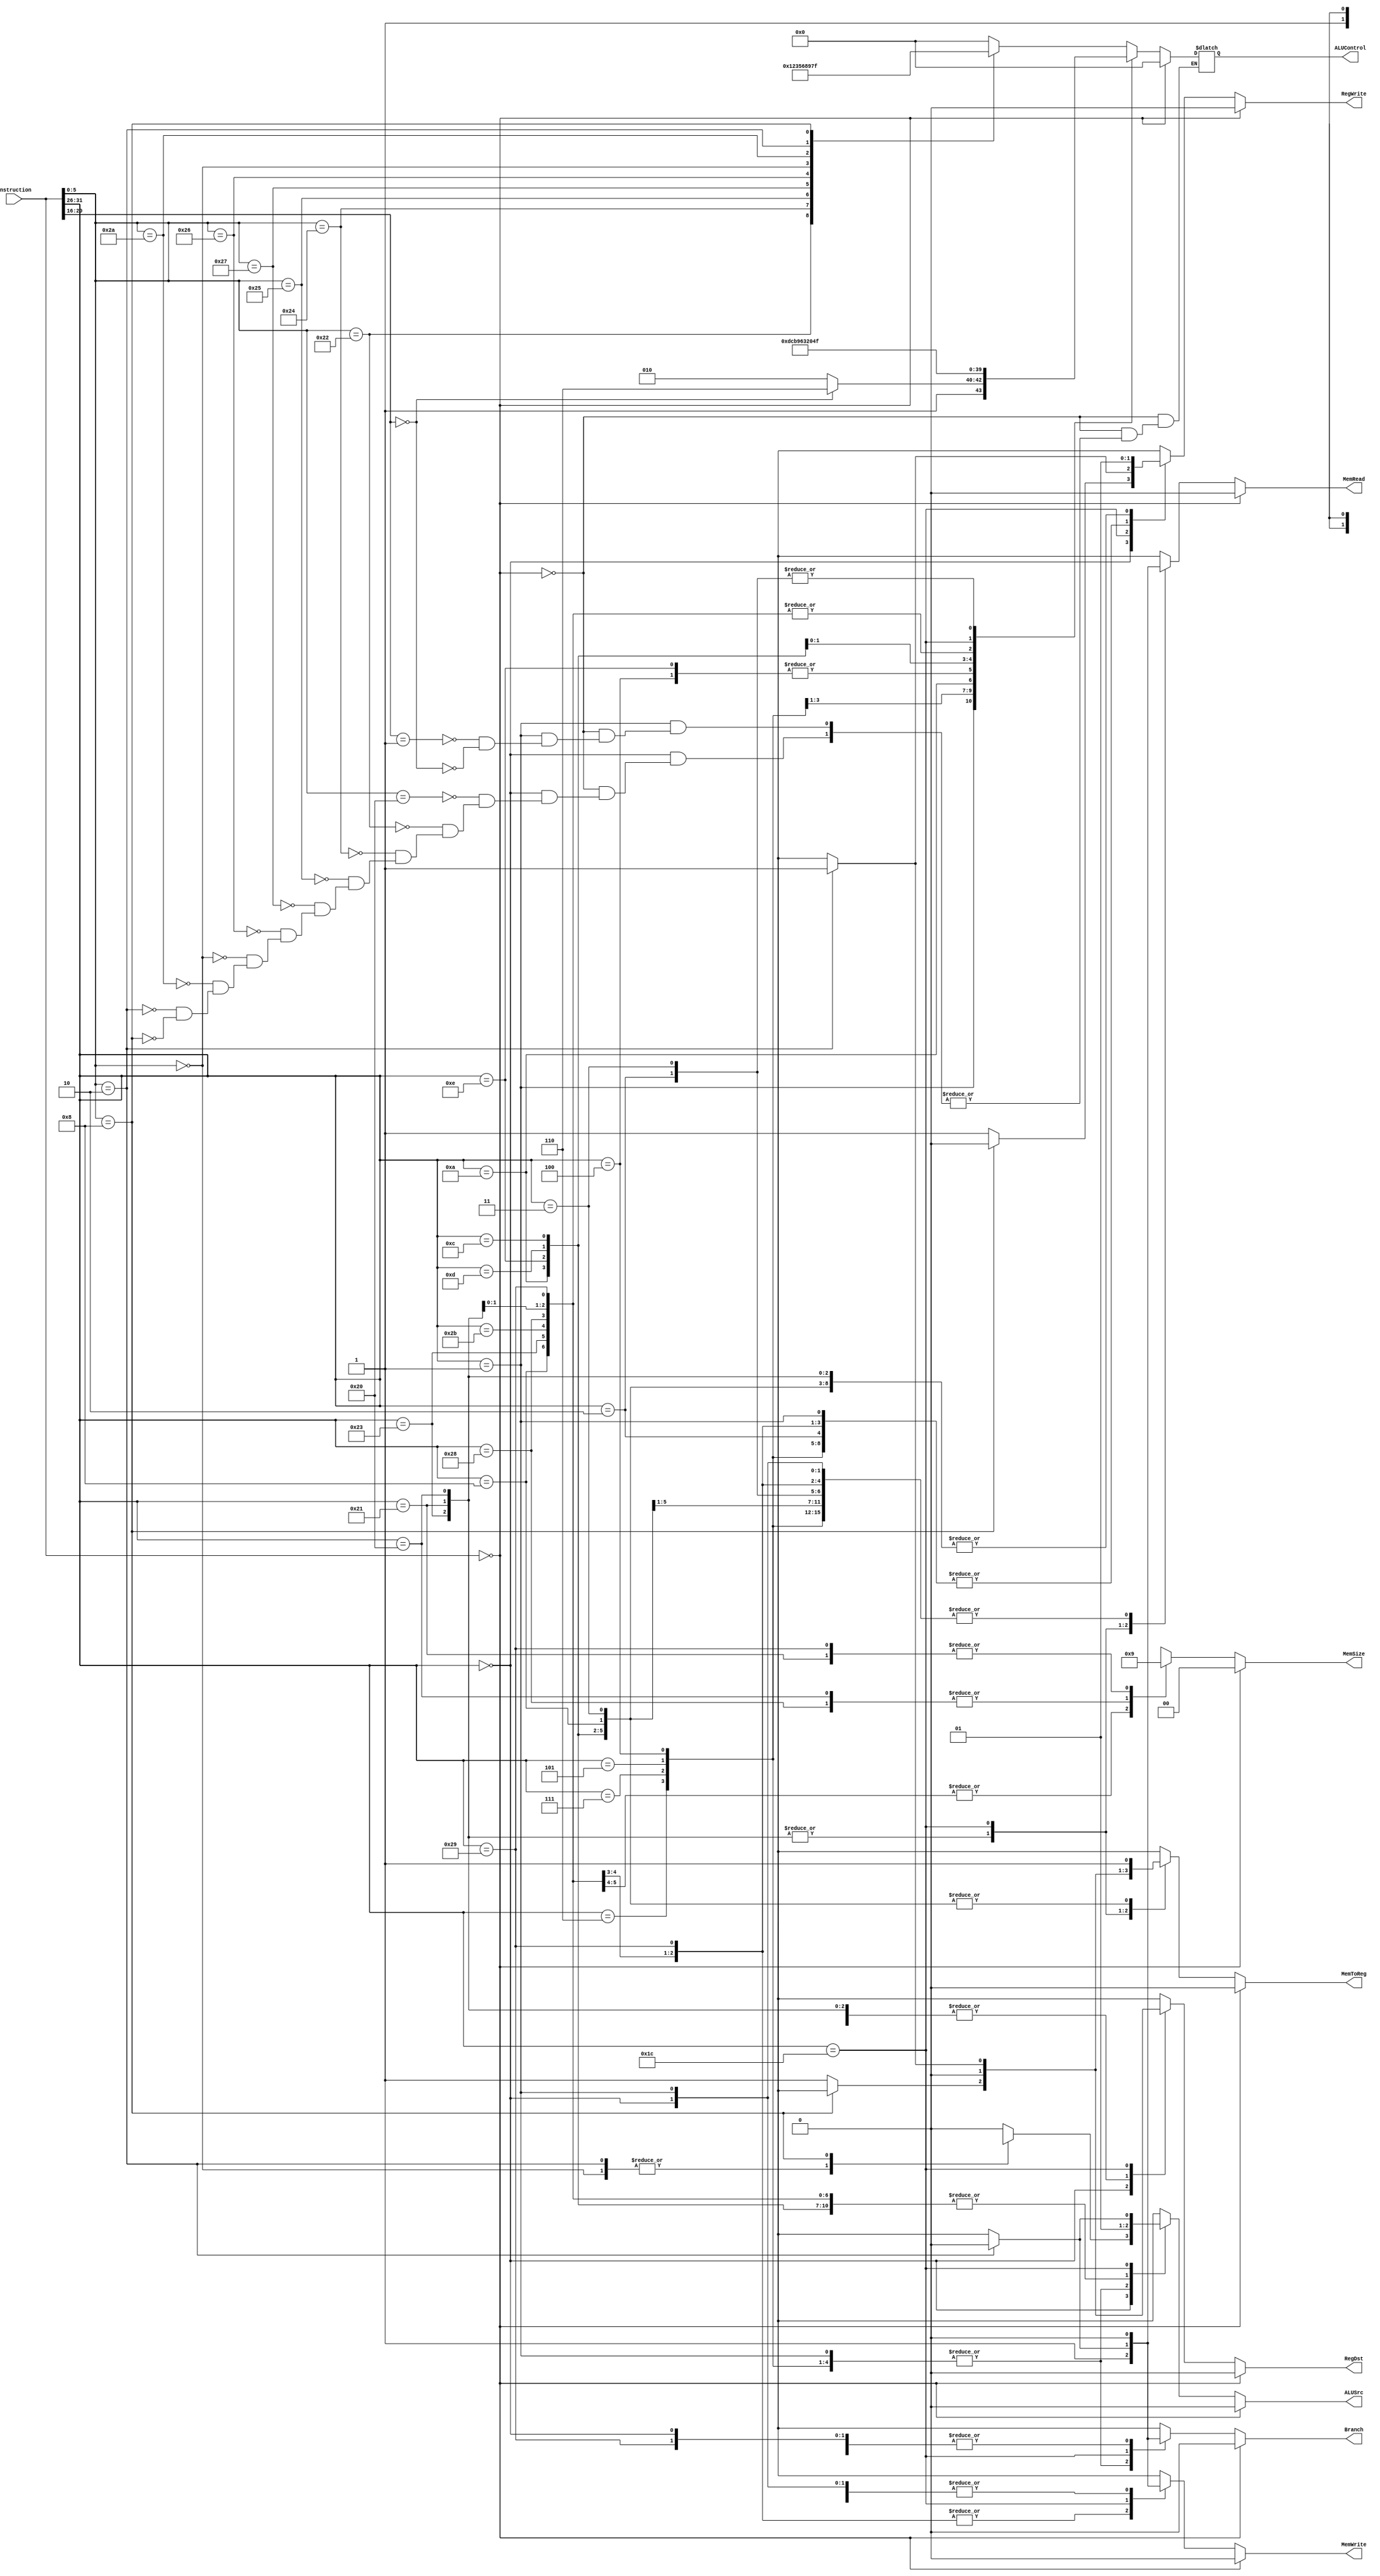
`timescale 1ns / 1ps

module Controller(Instruction, RegWrite, ALUSrc, ALUControl, RegDst, MemWrite, MemRead, Branch, MemToReg, MemSize);
    input [31:0] Instruction;
    output reg RegWrite, ALUSrc, RegDst, MemWrite, MemRead, Branch, MemToReg;
    output reg [3:0] ALUControl;
    output reg [1:0] MemSize;

    always @(Instruction) begin
        case (Instruction)
            32'b0: begin
                RegWrite = 0;
                ALUSrc = 0;
                RegDst = 0;
                MemWrite = 0;
                MemRead = 0;
                Branch = 0;
                MemToReg = 0;
                MemSize = 2'b00;
                ALUControl = 0;
            end
            default: begin
        case (Instruction[31:26]) // op field
            // R-type instructions
            6'b00_0000: begin

                // controls that are constant for R-type
                RegWrite = 1;
                ALUSrc = 0;
                RegDst = 1;
                MemWrite = 0;
                MemRead = 0;
                Branch = 0;
                MemToReg = 1;
                MemSize = 2'bxx;

                case (Instruction[5:0]) // ADD
                    6'b10_0000: begin
                        ALUControl = 0;
                    end
                    6'b10_0010: begin // SUB
                        ALUControl = 1;
                    end
                    6'b10_0100: begin // AND
                        ALUControl = 2;
                    end
                    6'b10_0101: begin // OR
                        ALUControl = 3;
                    end
                    6'b10_0111: begin // NOR
                        ALUControl = 5;
                    end
                    6'b10_0110: begin // XOR
                        ALUControl = 6;
                    end
                    6'b00_0000: begin // SLL
                        ALUControl = 8;
                        ALUSrc = 1;
                    end
                    6'b10_1010: begin // SLT
                        ALUControl = 9;
                    end
                    6'b00_0010: begin // SRL
                        ALUControl = 7;
                        ALUSrc = 1;
                    end
                    6'b00_1000: begin // JR
                        ALUSrc = 1'bx;
                        RegWrite = 0;
                        RegDst = 1'bx;
                        ALUControl = 15;
                        MemWrite = 0;
                        MemRead = 0;
                        Branch = 1'b0;
                        MemToReg = 1'bx;
                        MemSize = 2'bxx;
                    end
                endcase
            end
            // REGIMM instructions
            6'b00_0001: begin
                // controls that are constant
                ALUSrc = 0;
                RegWrite = 0;
                RegDst = 1'bx;
                MemWrite = 0;
                MemRead = 0;
                Branch = 1;
                MemToReg = 1'bx;
                MemSize = 2'bxx;
                case (Instruction[20:16])
                    5'b0_0001: begin // BGEZ
                        ALUControl = 10;
                    end
                    5'b0_0000: begin // BLTZ
                        ALUControl = 14;
                    end
                endcase
            end
            // I-type instructions

            // controls that are constant for I-type
            6'b00_0110: begin // BLEZ
                ALUSrc = 0;
                RegWrite = 0;
                RegDst = 1'bx;
                ALUControl = 13;
                MemWrite = 0;
                MemRead = 0;
                Branch = 1;
                MemToReg = 1'bx;
                MemSize = 2'bxx;
            end

            6'b00_0111: begin // BGTZ
                ALUSrc = 0;
                RegWrite = 0;
                RegDst = 1'bx;
                ALUControl = 12;
                MemWrite = 0;
                MemRead = 0;
                Branch = 1;
                MemToReg = 1'bx;
                MemSize = 2'bxx;
            end
            6'b00_0101: begin // BNE
                ALUSrc = 0;
                RegWrite = 0;
                RegDst = 1'bx;
                ALUControl = 11;
                MemWrite = 0;
                MemRead = 0;
                Branch = 1;
                MemToReg = 1'bx;
                MemSize = 2'bxx;
            end

            6'b00_0100: begin // BEQ
                ALUSrc = 0;
                RegWrite = 0;
                RegDst = 1'bx;
                ALUControl = 6;
                MemWrite = 0;
                MemRead = 0;
                Branch = 1;
                MemToReg = 1'bx;
                MemSize = 2'bxx;
            end

            6'b00_1010: begin // SLTI
                ALUSrc = 1;
                RegWrite = 1;
                RegDst = 0;
                ALUControl = 9;
                MemWrite = 0;
                MemRead = 0;
                Branch = 0;
                MemToReg = 1;
                MemSize = 2'bxx;
            end

            6'b00_1110: begin // XORI
                ALUSrc = 1;
                RegWrite = 1;
                RegDst = 0;
                ALUControl = 6;
                MemWrite = 0;
                MemRead = 0;
                Branch = 0;
                MemToReg = 1;
                MemSize = 2'bxx;
            end

            6'b00_1101: begin // ORI
                ALUSrc = 1;
                RegWrite = 1;
                RegDst = 0;
                ALUControl = 3;
                MemWrite = 0;
                MemRead = 0;
                Branch = 0;
                MemToReg = 1;
                MemSize = 2'bxx;
            end

            6'b00_1100: begin // ANDI
                ALUSrc = 1;
                RegWrite = 1;
                RegDst = 0;
                ALUControl = 2;
                MemWrite = 0;
                MemRead = 0;
                Branch = 0;
                MemToReg = 1;
                MemSize = 2'bxx;
            end
             

            6'b00_1000: begin // ADDI
                ALUSrc = 1;
                RegWrite = 1;
                RegDst = 0;
                ALUControl = 0;
                MemWrite = 0;
                MemRead = 0;
                Branch = 0;
                MemToReg = 1;
                MemSize = 2'bxx;
            end
            6'b10_0011: begin // LW
                ALUSrc = 1;
                RegWrite = 1;
                RegDst = 0;
                ALUControl = 0;
                MemWrite = 0;
                MemRead = 1;
                Branch = 0;
                MemToReg = 0;
                MemSize = 0; // load 4 bytes
            end
            6'b10_1011: begin // SW
                ALUSrc = 1;
                RegWrite = 0;
                RegDst = 1'bx;
                ALUControl = 0;
                MemWrite = 1;
                MemRead = 0;
                Branch = 0;
                MemToReg = 1'bx;
                MemSize = 0; // store 4 bytes
            end
            6'b10_1000: begin // SB
                ALUSrc = 1;
                RegWrite = 0;
                RegDst = 1'bx;
                ALUControl = 0;
                MemWrite = 1;
                MemRead = 0;
                Branch = 0;
                MemToReg = 1'bx;
                MemSize = 2; // store 1 byte
            end
            6'b10_0001: begin // LH
                ALUSrc = 1;
                RegWrite = 1;
                RegDst = 0;
                ALUControl = 0;
                MemWrite = 0;
                MemRead = 1;
                Branch = 0;
                MemToReg = 0;
                MemSize = 1; // load 2 bytes
            end
            6'b10_0000: begin // LB
                ALUSrc = 1;
                RegWrite = 1;
                RegDst = 0;
                ALUControl = 0;
                MemWrite = 0;
                MemRead = 1;
                Branch = 0;
                MemToReg = 0;
                MemSize = 2; // load 1 byte
            end
            6'b10_1001: begin // SH
                ALUSrc = 1;
                RegWrite = 0;
                RegDst = 1'bx;
                ALUControl = 0;
                MemWrite = 1;
                MemRead = 0;
                Branch = 0;
                MemToReg = 1'bx;
                MemSize = 1; // store 2 bytes
            end
            6'b011100: begin // MUL
                if (Instruction[5:0] == 2) begin
                    RegWrite = 1;
                    ALUSrc = 0;
                    RegDst = 1;
                    MemWrite = 0;
                    MemRead = 0;
                    Branch = 0;
                    MemToReg = 1;
                    ALUControl = 4;
                    MemSize = 2'bxx;
                end else begin
                    // Unsupported or invalid instruction.
                    RegWrite = 1'bx;
                    ALUSrc = 1'bx;
                    RegDst = 1'bx;
                    MemWrite = 1'bx;
                    MemRead = 1'bx;
                    Branch = 1'bx;
                    MemToReg = 1'bx;
                    ALUControl = 4'bxxxx;
                    MemSize = 2'bxx;
                end
            end

            // J-type instructions

            6'b00_0010: begin // J
                ALUSrc = 1'bx;
                RegWrite = 0;
                RegDst = 1'bx;
                ALUControl = 15;
                MemWrite = 0;
                MemRead = 0;
                Branch = 0;
                MemToReg = 1'bx;
                MemSize = 2'bxx;
            end
            6'b00_0011: begin // JAL
                ALUSrc = 1'bx;
                RegWrite = 1;
                RegDst = 1'bx;
                ALUControl = 15;
                MemWrite = 0;
                MemRead = 0;
                Branch = 1'b0;
                MemToReg = 1;
                MemSize = 2'bxx;
            end
            

            // TODO: branch and logical instructions (arithmetic and data instructions done)

            // // J-type instruction.
            // 6'b000010, 6'b000011: begin
            //     RegWrite = 0;
            //     ALUSrc = 0;
            //     RegDst = 0;
            //     MemWrite = 0;
            //     MemRead = 0;
            //     Branch = 0;
            //     MemToReg = 0;
            //     Jump = 1;
            //     // TODO: Add control signals to link register.
            // end
            // // ==============================



            // // I-type instruction.
            // // Data-type instructions (lw, sw, sb, lh, lb, sh)
            // 6'b100011, 6'b101011, 6'b101000, 6'b100001, 6'b100000, 6'b101001: begin
            //     // TODO
            // end
            // // Branch instructions (TODO)
            // // TODO
            // // ==============================



            default: begin
                // Unsupported or invalid instruction.
                RegWrite = 1'bx;
                ALUSrc = 1'bx;
                RegDst = 1'bx;
                MemWrite = 1'bx;
                MemRead = 1'bx;
                Branch = 1'bx;
                MemToReg = 1'bx;
                ALUControl = 4'bxxxx;
                MemSize = 2'bxx;
            end
        endcase
            end
        endcase
    end

endmodule